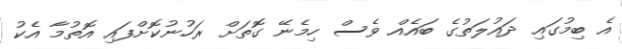
އެ ބިމުގައި ދައުލަތުގެ ބައެއް ވެސް ހިމެނޭ ގޮތަށް ރަހުނުކޮށްފައި އޮތުމާ އެކު